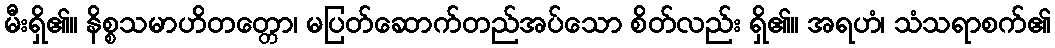
မီးရှိ၏။ နိစ္စသမာဟိတတ္တော၊ မပြတ်ဆောက်တည်အပ်သော စိတ်လည်း ရှိ၏။ အရဟံ၊ သံသရာစက်၏